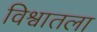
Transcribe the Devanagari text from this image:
विश्वातला